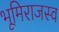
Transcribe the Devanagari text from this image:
भूमिराजस्व